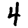
Digit: 4